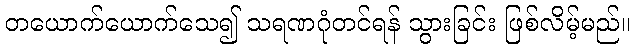
တယောက်ယောက်သေ၍ သရဏဂုံတင်ရန် သွားခြင်း ဖြစ်လိမ့်မည်။